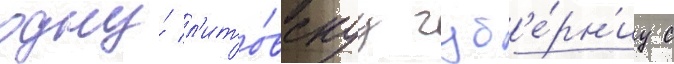
одну́ л'ито́вскуу губ'е́рн'иу с